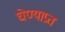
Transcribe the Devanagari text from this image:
घेण्याप्रत